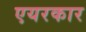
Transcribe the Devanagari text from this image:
एयरकार